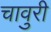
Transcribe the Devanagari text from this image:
चावुरी